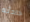
حادثه